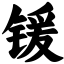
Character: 锾